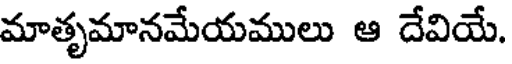
మాతృమానమేయములు ఆ దేవియే.